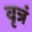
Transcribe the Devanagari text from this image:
वृत्रं